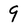
Character: 9